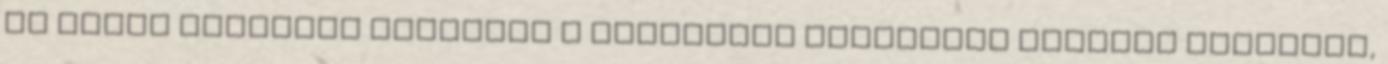
az ilyen alacsony infláció a gazdasági növekedés legfőbb akadálya,